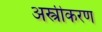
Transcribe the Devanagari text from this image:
अस्त्रीकरण